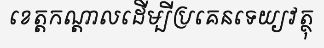
ខេត្តកណ្តាលដើម្បីប្រគេនទេយ្យវត្ថុ